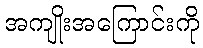
အကျိုးအကြောင်းကို